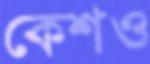
কেশও